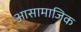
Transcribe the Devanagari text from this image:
आसामाजिक